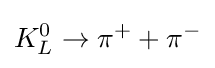
K_{L}^{0}\rightarrow \pi ^{+}+\pi ^{-}